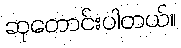
ဆုတောင်းပါတယ်။